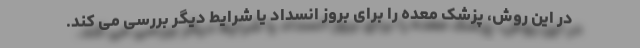
در این روش، پزشک معده را برای بروز انسداد یا شرایط دیگر بررسی می کند.